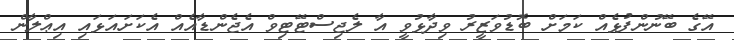
އޭގެ ބޭނުންފުޅެއް ކަމަށް ބޮޑުވަޒީރު ވިދާޅުވީ އާ ލެޖިސްޓޭޓިވް އެޖެންޑާއެއް އެކަށައަޅައި އިޢްލާން